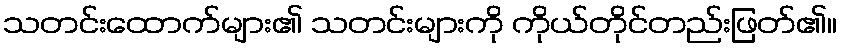
သတင်းထောက်များ၏ သတင်းများကို ကိုယ်တိုင်တည်းဖြတ်၏။